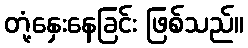
တုံ့နှေးနေခြင်း ဖြစ်သည်။